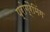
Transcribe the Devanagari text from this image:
प्रोग्रैमिंग